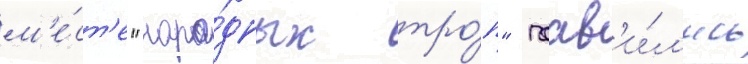
м'е́ст'е "наро́дных тро́п" поав'и́л'ись